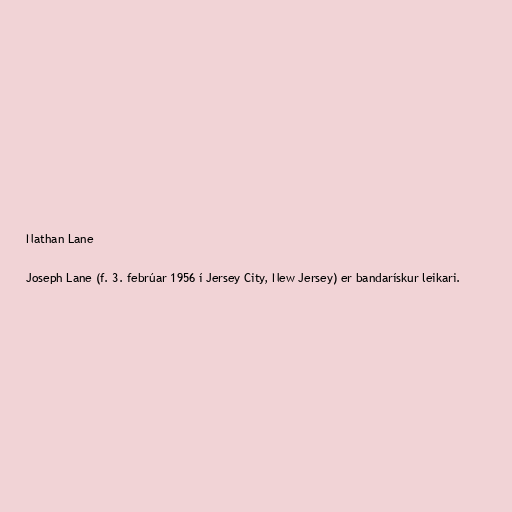
Nathan Lane

Joseph Lane (f. 3. febrúar 1956 í Jersey City, New Jersey) er bandarískur leikari.